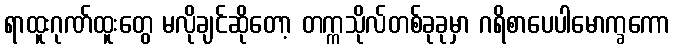
ရာထူးဂုဏ်ထူးတွေ မလိုချင်ဆိုတော့ တက္ကသိုလ်တစ်ခုခုမှာ ဂရိစာပေပါမောက္ခကော